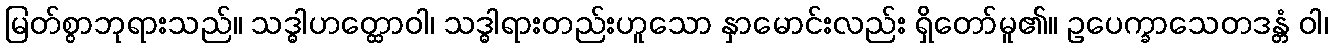
မြတ်စွာဘုရားသည်။ သဒ္ဓါဟတ္ထောဝါ၊ သဒ္ဓါရားတည်းဟူသော နှာမောင်းလည်း ရှိတော်မူ၏။ ဥပေက္ခာသေတဒန္တံ ဝါ၊